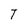
Character: T